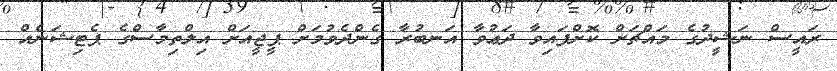
ރައީސް ނަޝީދުގެ މައްޗަށް ކޮށްފައިވާ ދަޢުވާ އަނބުރާ ގެންދެވުމަށް ޕީޖީއަށް އިލްތިމާސްގެ ޕެޓިޝަނެއް